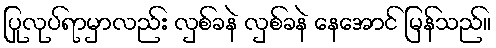
ပြုလုပ်ရာမှာလည်း လှစ်ခနဲ လှစ်ခနဲ နေအောင် မြန်သည်။